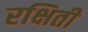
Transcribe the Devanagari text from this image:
रक्षिती